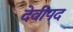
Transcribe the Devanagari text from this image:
देवीपद